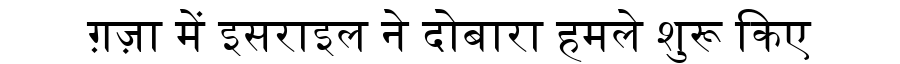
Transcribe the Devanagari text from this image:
ग़ज़ा में इसराइल ने दोबारा हमले शुरू किए